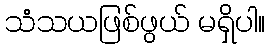
သံသယဖြစ်ဖွယ် မရှိပါ။